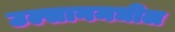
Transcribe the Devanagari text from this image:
उल्सानमधील